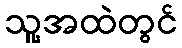
သူ့အထဲတွင်